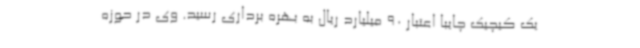
یک کیچیک چایبا اعتبار 90 میلیارد ریال به بهره برداری رسید. وی در حوزه